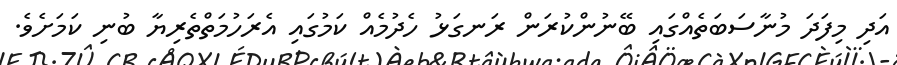
އަދި މިފަދަ މުނާސަބަތެއްގައި ބޭނުންކުރަން ރަނގަޅު ހެދުމެއް ކަމުގައި އެރަހުމަތްތެރިޔާ ބުނި ކަމަށެވެ.